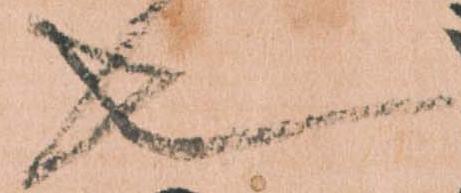
也